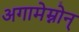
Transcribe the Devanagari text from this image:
अगामेम्नोन्